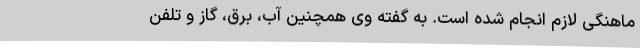
ماهنگی لازم انجام شده است. به گفته وی همچنین آب، برق، گاز و تلفن